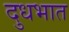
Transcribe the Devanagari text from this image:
दुधभात